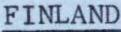
FINLAND